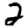
Digit: 2